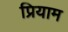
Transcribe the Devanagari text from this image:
प्रियाम